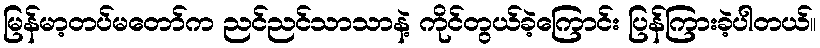
မြန်မာ့တပ်မတော်က ညင်ညင်သာသာနဲ့ ကိုင်တွယ်ခဲ့ကြောင်း ပြန်ကြားခဲ့ပါတယ်။